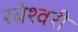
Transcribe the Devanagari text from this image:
रत्नेश्वरी